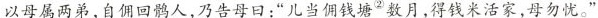
以母属两弟，自佣回鹘人，乃告母曰：”儿当佣钱塘^{②}数月，得钱米活家，母勿忧。”